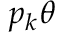
p _ { k } \theta